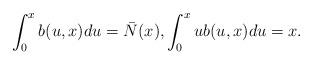
LaTeX: \begin{align*}\int_0^x b(u,x)du= \bar{N}(x), \int_0^x u b(u,x)du= x.\end{align*}